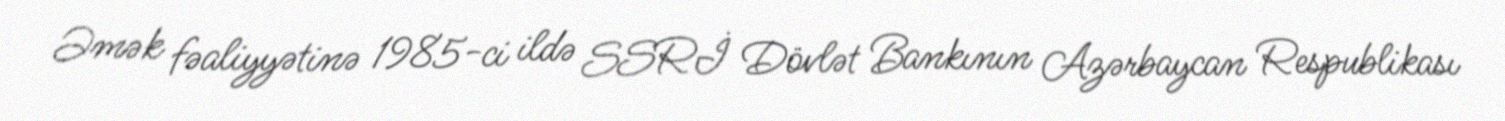
Əmək fəaliyyətinə 1985-ci ildə SSRİ Dövlət Bankının Azərbaycan Respublikası